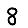
Digit: 8